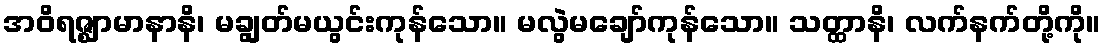
အဝိရဇ္ဈာမာနာနိ၊ မချွတ်မယွင်းကုန်သော။ မလွဲမချော်ကုန်သော။ သတ္ထာနိ၊ လက်နက်တို့ကို။